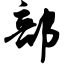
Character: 部